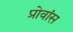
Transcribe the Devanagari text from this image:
प्रोवांस